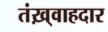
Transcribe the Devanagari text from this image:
तंख़्वाहदार